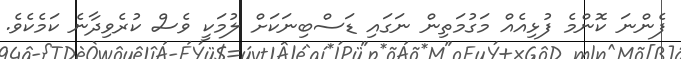
ފެންނަ ކޮންމެ ފުޅިއެއް މަގުމަތިން ނަގައި ޑަސްބިނަކަށް ލުމަކީ ވެސް ކުރެވިދާނެ ކަމެކެވެ.